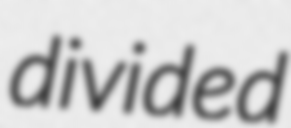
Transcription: divided